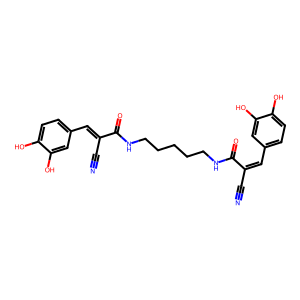
SMILES: N#CC(=Cc1ccc(O)c(O)c1)C(=O)NCCCCCNC(=O)C(C#N)=Cc1ccc(O)c(O)c1
Inhibits HIV replication: No